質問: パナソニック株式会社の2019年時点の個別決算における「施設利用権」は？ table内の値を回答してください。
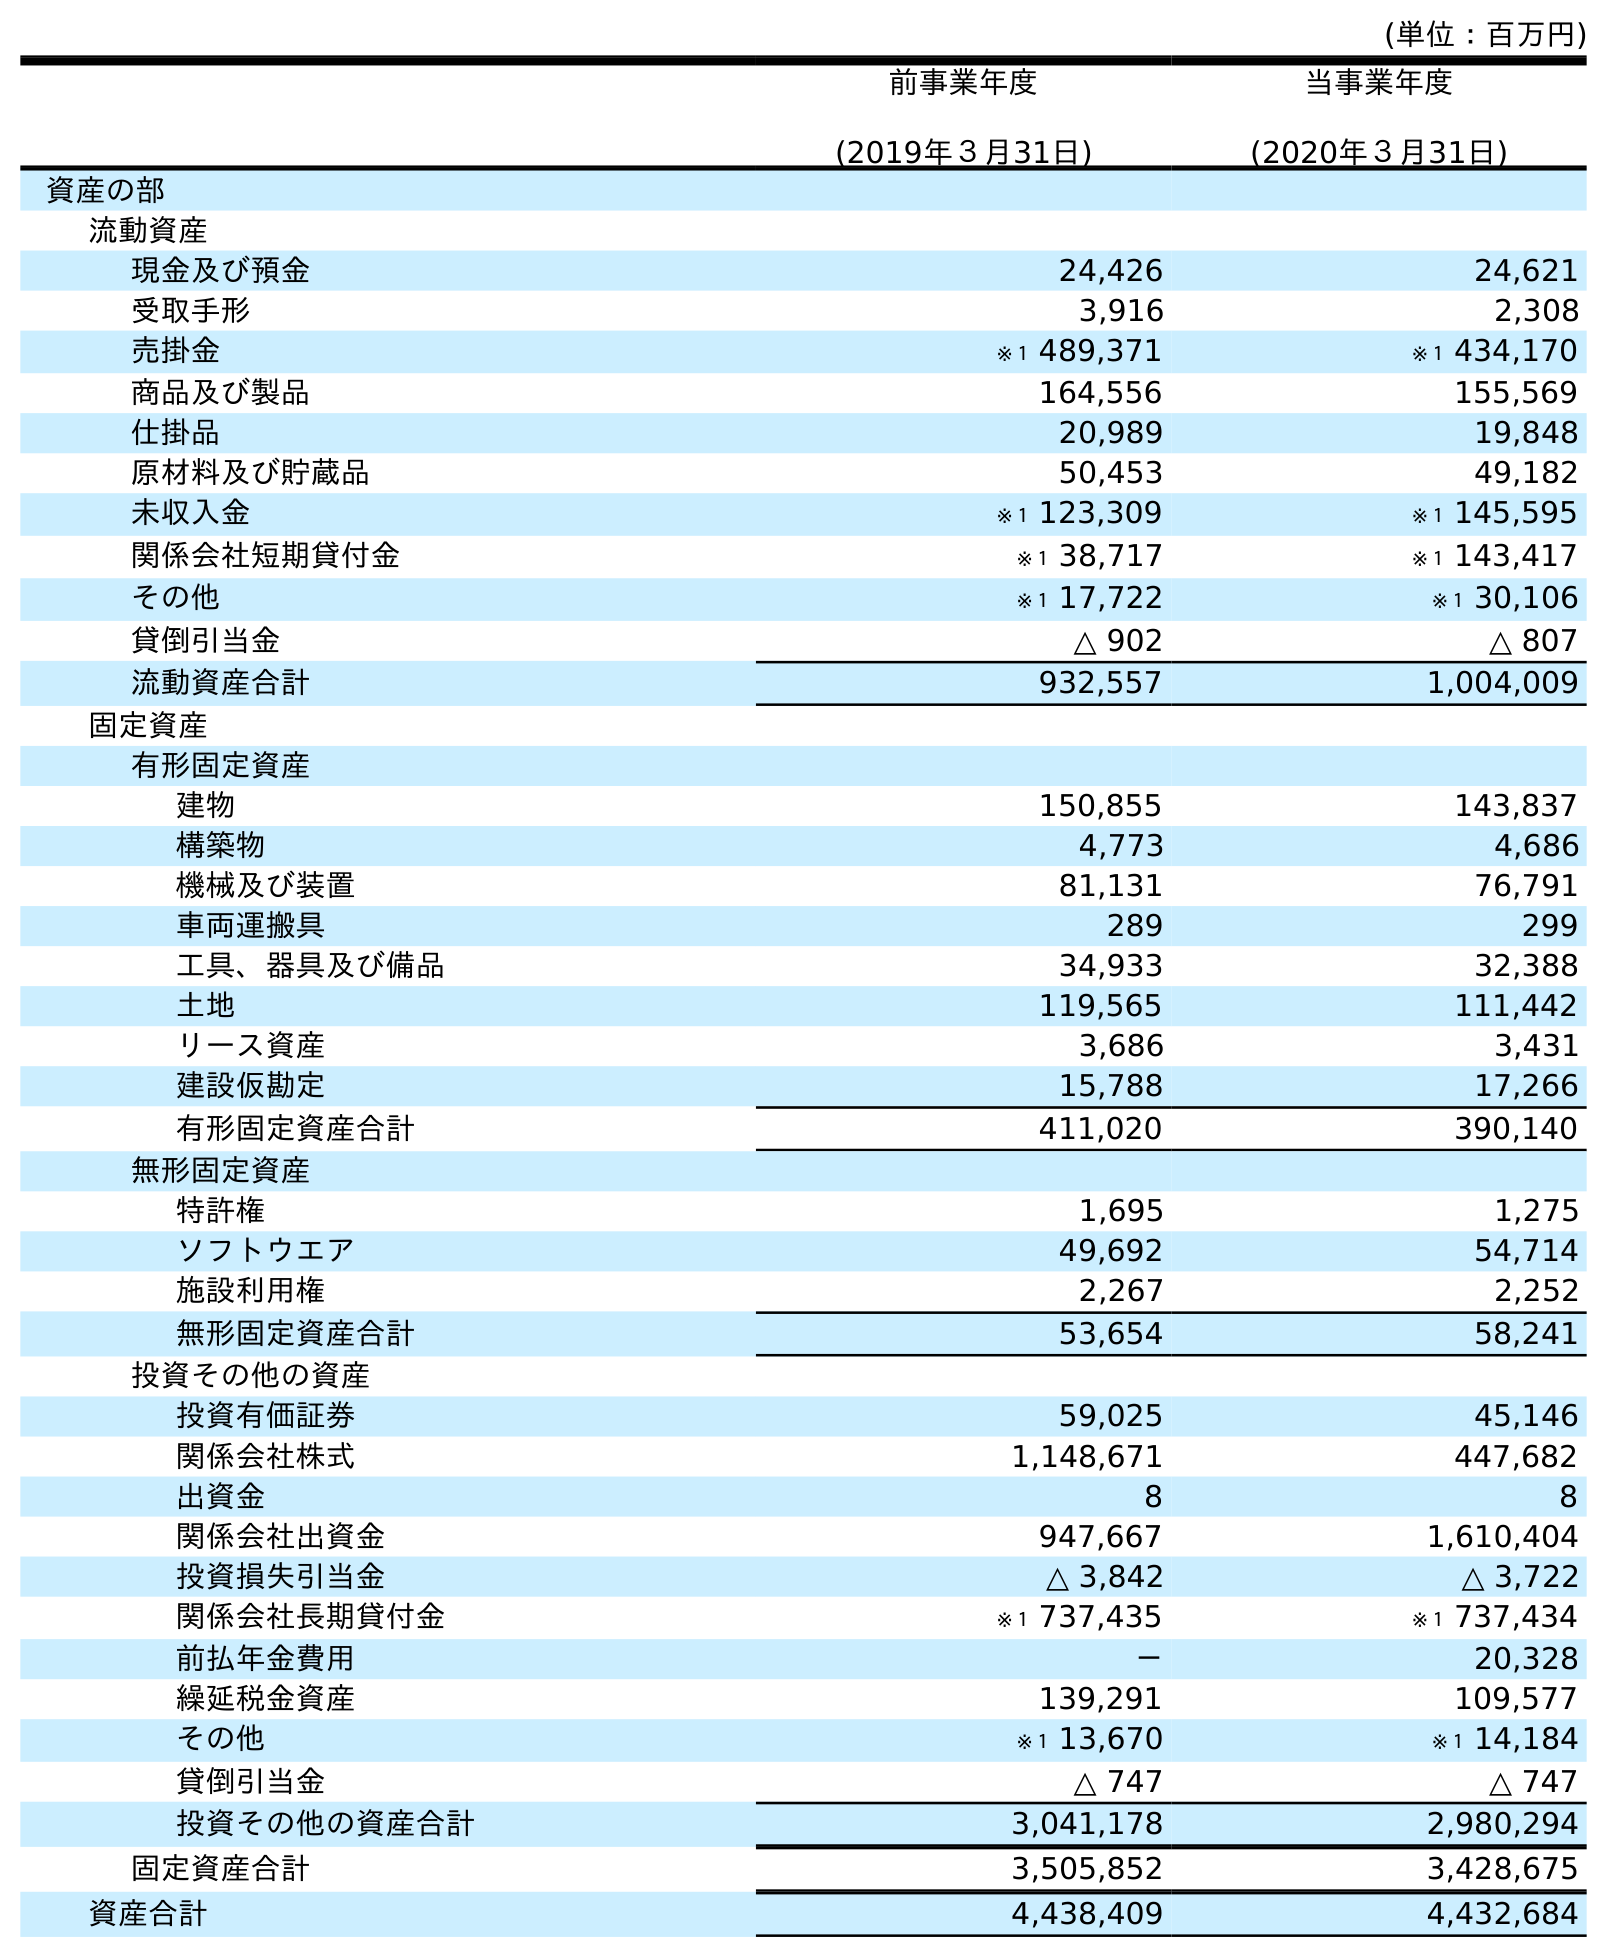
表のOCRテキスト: (単位：百万円) 前事業年度 (2019年３月31日) 当事業年度 (2020年３月31日) 資産の部 流動資産 現金及び預金 24,426 24,621 受取手形 3,916 2,308 売掛金 ※１ 489,371 ※１ 434,170 商品及び製品 164,556 155,569 仕掛品 20,989 19,848 原材料及び貯蔵品 50,453 49,182 未収入金 ※１ 123,309 ※１ 145,595 関係会社短期貸付金 ※１ 38,717 ※１ 143,417 その他 ※１ 17,722 ※１ 30,106 貸倒引当金 △ 902 △ 807 流動資産合計 932,557 1,004,009 固定資産 有形固定資産 建物 150,855 143,837 構築物 4,773 4,686 機械及び装置 81,131 76,791 車両運搬具 289 299 工具、器具及び備品 34,933 32,388 土地 119,565 111,442 リース資産 3,686 3,431 建設仮勘定 15,788 17,266 有形固定資産合計 411,020 390,140 無形固定資産 特許権 1,695 1,275 ソフトウエア 49,692 54,714 施設利用権 2,267 2,252 無形固定資産合計 53,654 58,241 投資その他の資産 投資有価証券 59,025 45,146 関係会社株式 1,148,671 447,682 出資金 8 8 関係会社出資金 947,667 1,610,404 投資損失引当金 △ 3,842 △ 3,722 関係会社長期貸付金 ※１ 737,435 ※１ 737,434 前払年金費用 － 20,328 繰延税金資産 139,291 109,577 その他 ※１ 13,670 ※１ 14,184 貸倒引当金 △ 747 △ 747 投資その他の資産合計 3,041,178 2,980,294 固定資産合計 3,505,852 3,428,675 資産合計 4,438,409 4,432,684
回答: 2,267